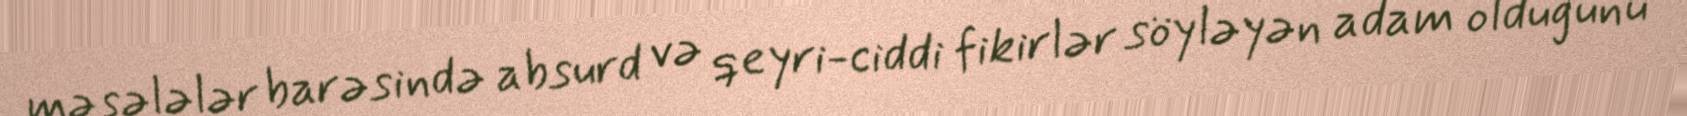
məsələlər barəsində absurd və qeyri-ciddi fikirlər söyləyən adam olduğunu